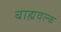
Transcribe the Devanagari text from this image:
बाह्यवल्क